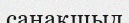
санақшыл